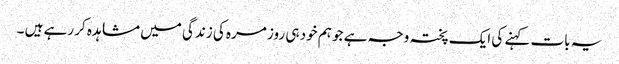
یہ بات کہنے کی ایک پختہ وجہ ہے جو ہم خود ہی روز مرہ کی زندگی میں مشاہدہ کر رہے ہیں ۔